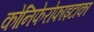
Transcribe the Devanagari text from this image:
कोनिफेरोफाइटाका